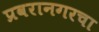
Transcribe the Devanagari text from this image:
प्रवरानगरचा